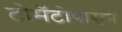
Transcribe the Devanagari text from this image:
टोमॅटोपासून